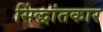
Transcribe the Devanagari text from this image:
सिंद्धांतकार